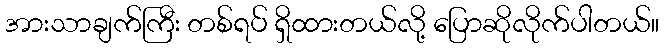
အားသာချက်ကြီး တစ်ရပ် ရှိထားတယ်လို့ ပြောဆိုလိုက်ပါတယ်။